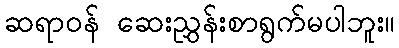
ဆရာဝန် ဆေးညွှန်းစာရွက်မပါဘူး။